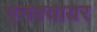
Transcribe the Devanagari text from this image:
एनक्वायर